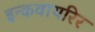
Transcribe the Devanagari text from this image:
इन्कवायरिर